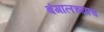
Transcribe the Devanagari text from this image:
बंगालच्याच